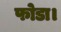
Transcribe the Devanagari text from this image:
फोडा।